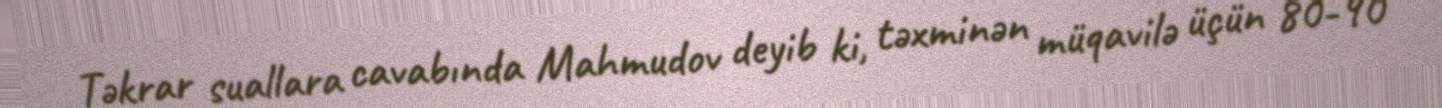
Təkrar suallara cavabında Mahmudov deyib ki, təxminən müqavilə üçün 80-90